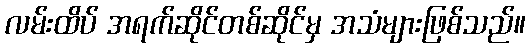
လမ်းထိပ် အရက်ဆိုင်တစ်ဆိုင်မှ အသံများဖြစ်သည်။